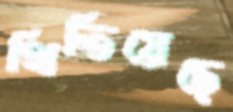
থিতিয়েছে